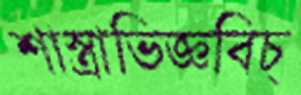
শাস্ত্রাভিজ্ঞবিচ্